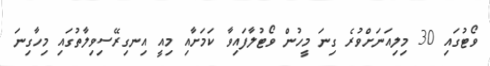
ވޯޓުގައި 30 މިލިއަނަށްވުރެ ގިނަ މީހުން ވޯޓުލާފައިވާ ކަމަށާއި މިއީ އިނގިރޭސިވިލާތުގައި މިހާގިނަ